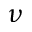
\nu